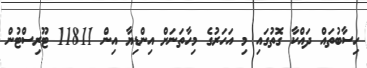
ހިސާބުތައް ދައްކާ ގޮތުގައި މި އަހަރުގެ މިހާތަނަށް އިންޑިޔާ އިން 11811 ޓޫރިސްޓުން